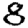
Digit: 8